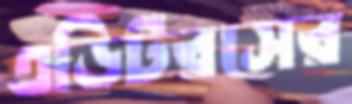
এডিটরসের